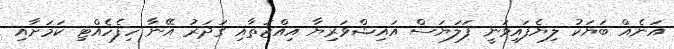
އަނެއް ބަޔަކު ލިޔެފައިވަނީ ފަލަޔަސް އައިޝްވަރިޔާ އިއްޒަތާއި ގަދަރު އޭނާ ހިފެހެއްޓި ކަމަށާއި